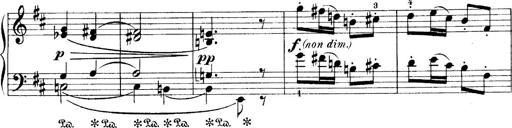
Title: 4 Sonatines
Composer: Max Reger